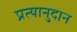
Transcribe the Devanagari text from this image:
प्रत्यानुदान